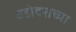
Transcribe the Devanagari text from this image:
वडोदराच्या